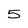
Character: 5